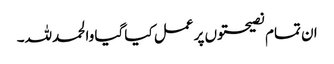
ان تمام نصیحتوں پر عمل کیا گیا والحمدللہ۔